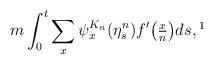
LaTeX: \begin{align*}m \int_0^t \sum_x \psi_x^{K_n}(\eta_s^n) f' \big( \tfrac{x}{n} \big) ds,\footnote{We actually proved this with $m$ replaced by $\sum_{y=1}^{K_n-1} y a(y)$, but this last sum converges to $m$ as $n \to \infty$.}\end{align*}